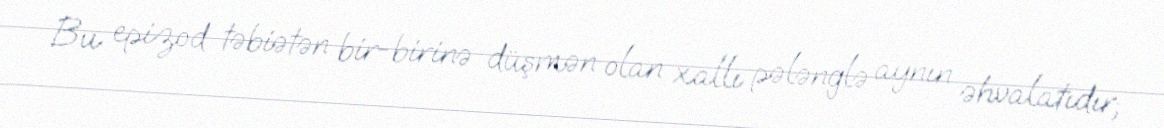
Bu epizod təbiətən bir-birinə düşmən olan xallı pələnglə aynın əhvalatıdır;